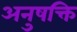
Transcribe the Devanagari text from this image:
अनुषक्ति